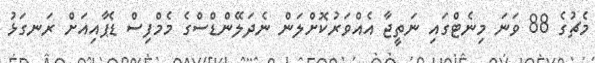
މެޗުގެ 88 ވަނަ މިނެޓްގައި ނަތީޖާ އެއްވަރުކޮށްލަން ނެދަލޭންޑްސްގެ މެމްފިސް ޑެޕާއިއަށް ރަނގަޅު